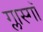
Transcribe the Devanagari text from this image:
ग्लास्गाॅ